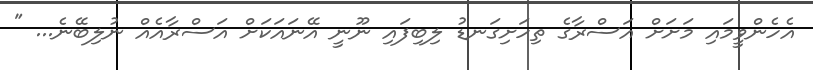
އެހެންވީމައި މަށަށް އަސްރާގެ ތިހަށިގަނޑު ލިބިފައި ނޫނީ އޭނައަކަށް އަސްރާއެއް ނުލިބޭނެ... "